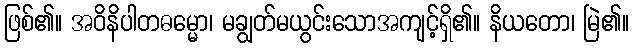
ဖြစ်၏။ အဝိနိပါတဓမ္မော၊ မချွတ်မယွင်းသောအကျင့်ရှိ၏။ နိယတော၊ မြဲ၏။